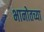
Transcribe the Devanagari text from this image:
भानोतच्या